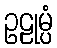
ဥဠုမ္ပံ